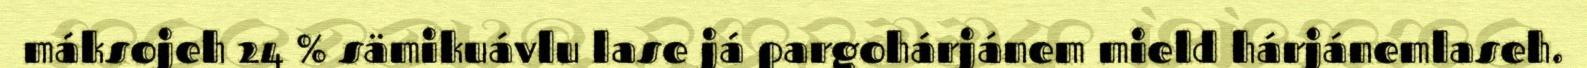
máksojeh 24 % sämikuávlu lase já pargohárjánem mield hárjánemlaseh.